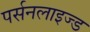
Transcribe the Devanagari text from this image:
पर्सनलाइज्ड